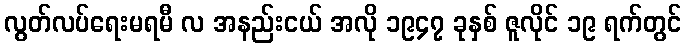
လွတ်လပ်ရေးမရမီ လ အနည်းငယ် အလို ၁၉၄၇ ခုနှစ် ဇူလိုင် ၁၉ ရက်တွင်